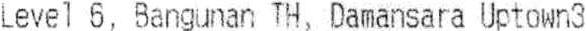
LEVEL 6, BANGUNAN TH, DAMANSARA UPTOWN3